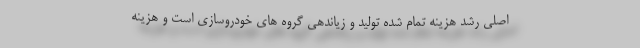
اصلی رشد هزینه تمام شده تولید و زیاندهی گروه های خودروسازی است و هزینه